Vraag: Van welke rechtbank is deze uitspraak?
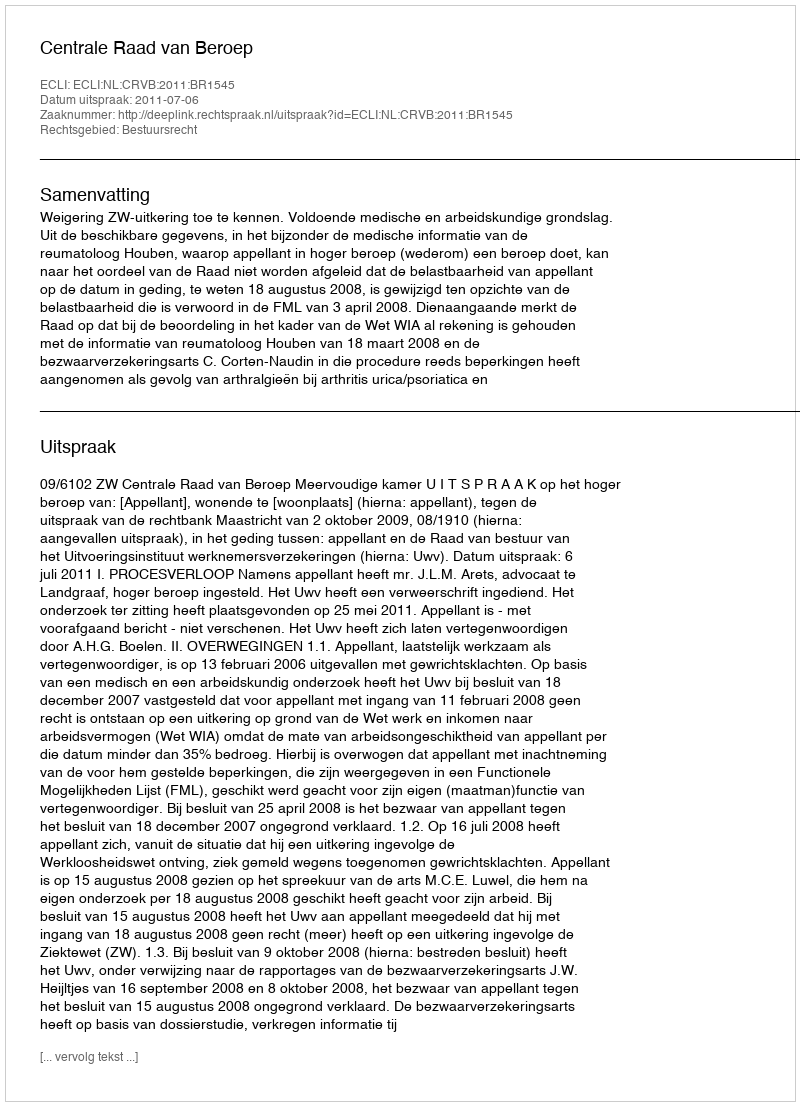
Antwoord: Centrale Raad van Beroep